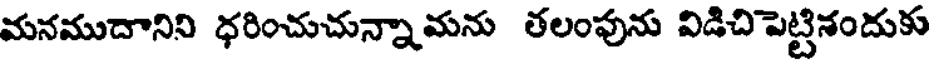
మనముదానిని ధరించుచున్నామను తలంపును విడిచిపెట్టిశందుకు